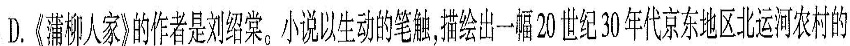
D.柳人家》的作者是刘绍棠小说以生动的笔触描绘出一幅 20 世纪 3 代京东地区北运河农村的